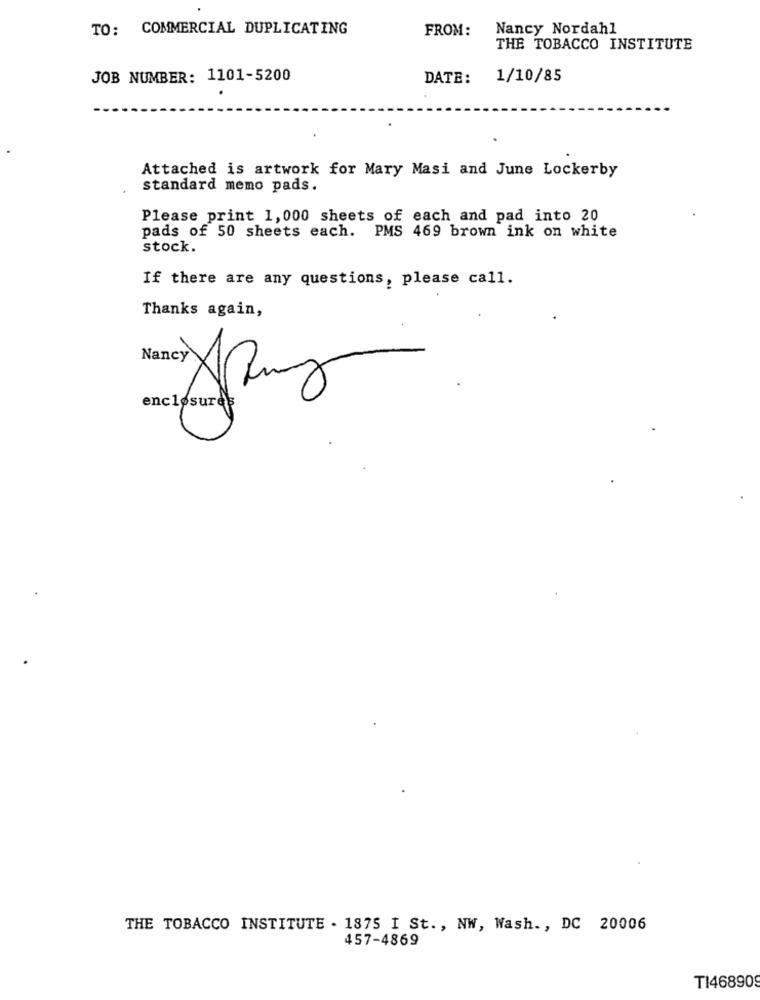
TO: COMMERCIAL DUPLICATING
FROM:
Nancy Nordahl
THE TOBACCO INSTITUTE
JOB NUMBER: 1101-5200
DATE:
1/10/85
Attached is artwork for Mary Masi and June Lockerby
standard memo pads.
Please print 1,000 sheets of each and pad into 20
pads of 50 sheets each. PMS 469 brown ink on white
stock.
If there are any questions, please call.
Thanks again,
Nancy
enclosures
THE TOBACCO INSTITUTE . 1875 I St ., NW, Wash ., DC 20006
457-4869
T1468909